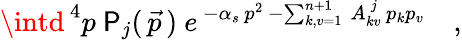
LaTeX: \intd^{\, 4}p\ \mathsf{P}_{j}(\, \vec{{p}}\, )\ e^{\, -\alpha_{s}\, p^{2}\, -\sum_{k,v=1}^{n+1}\, A_{kv}^{\, j}\, p_{k}p_{v}}\quad,